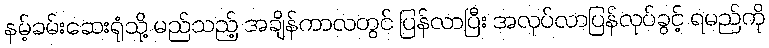
နမ့်ခမ်းဆေးရုံသို့ မည်သည့် အချိန်ကာလတွင် ပြန်လာပြီး အလုပ်လာပြန်လုပ်ခွင့် ရမည်ကို